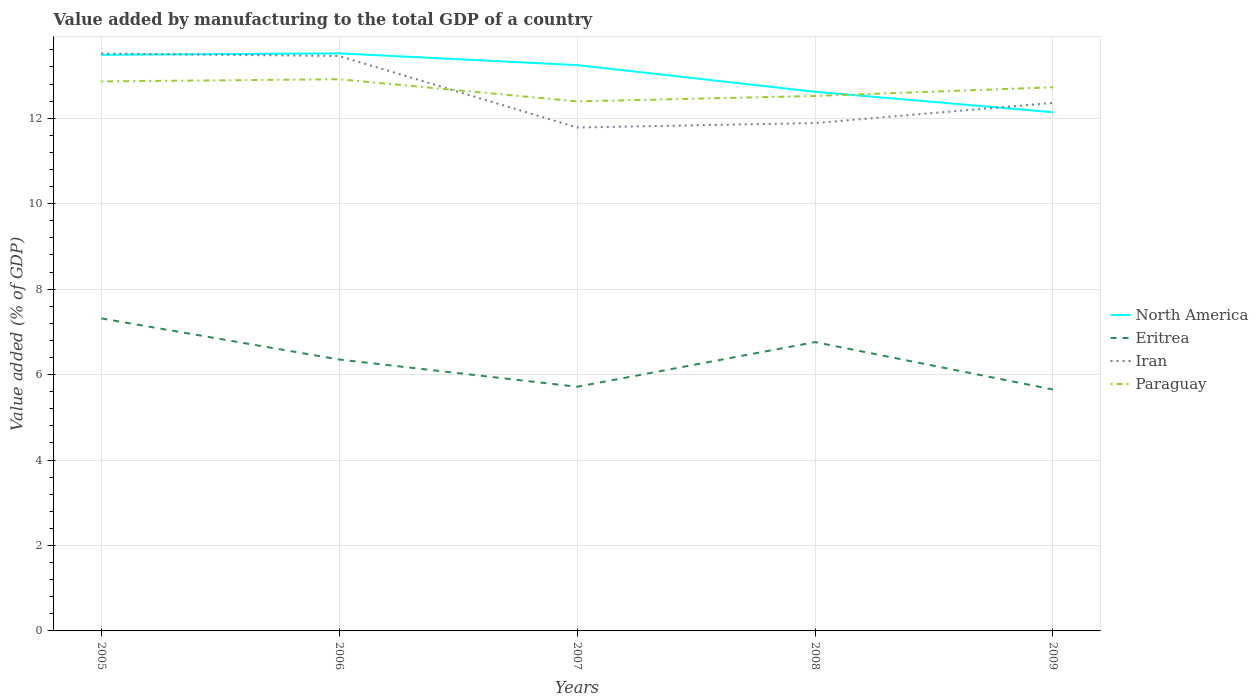
| Years | North America | Eritrea | Iran | Paraguay |
 | --- | --- | --- | --- | --- |
 | 2005 | 13.5 | 7.31 | 13.5 | 12.9 |
 | 2006 | 13.5 | 6.35 | 13.5 | 12.9 |
 | 2007 | 13.2 | 5.71 | 11.8 | 12.4 |
 | 2008 | 12.6 | 6.76 | 11.9 | 12.5 |
 | 2009 | 12.1 | 5.65 | 12.4 | 12.7 |